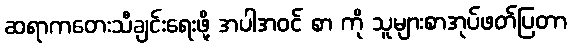
ဆရာကတေးသီချင်းရေးဖို့ အပါအဝင် စာ ကို သူများစာအုပ်ဖတ်ပြတာ